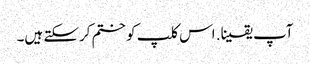
آپ یقینا. اس کلپ کو ختم کرسکتے ہیں۔